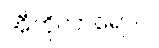
အီဘိုလာရောဂါ